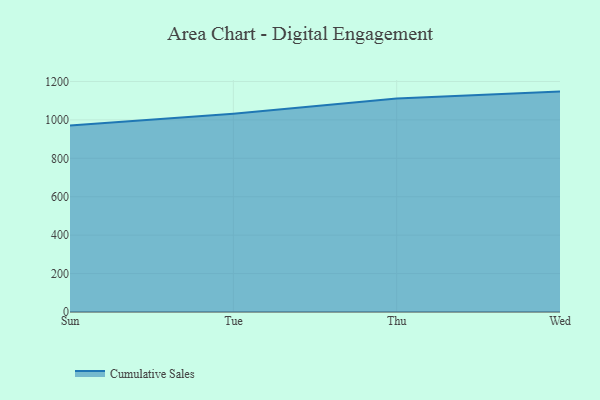
{"axis": {"x": "Day", "y": "LTV (USD)"}, "legend": ["Cumulative Sales"], "data": [{"x": "Sun", "y": 970.7, "type": "Cumulative Sales"}, {"x": "Tue", "y": 1031.8, "type": "Cumulative Sales"}, {"x": "Thu", "y": 1111.4, "type": "Cumulative Sales"}, {"x": "Wed", "y": 1147.2, "type": "Cumulative Sales"}]}